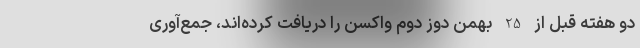
دو هفته قبل از 25 بهمن دوز دوم واکسن را دریافت کرده‌اند، جمع‌آوری